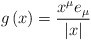
\begin{align*}g\left( x\right) =\frac{x^{\mu }e_{\mu }}{\left| x\right| }\end{align*}